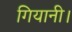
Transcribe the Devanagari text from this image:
गियानी।